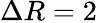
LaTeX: \Delta R=2